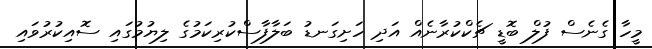
މީހާ ގެނެސް ފުލް ބޮޑީ ޗެކްކުރާނެއް އަދި ހަށިގަނޑު ބަލާފާސްކުރިކަމުގެ ލިޔުމުގައި ސޮއިކުރުވައި